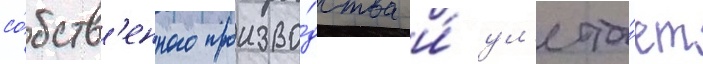
со́бств'енного произво́дства и́ ул'ета́ет